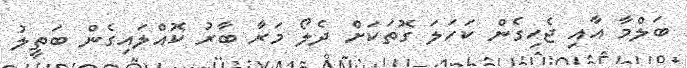
ބަލްމާ އާއި ޖެހިގެން ކަހަލަ ގޮތަކަށް ދެލޯ މަރާ ބާރު ކޮއްލައިގެން ބަތީލު